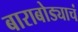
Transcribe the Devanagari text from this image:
बाराबोड्याचं